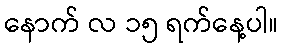
နောက် လ ၁၅ ရက်နေ့ပါ။